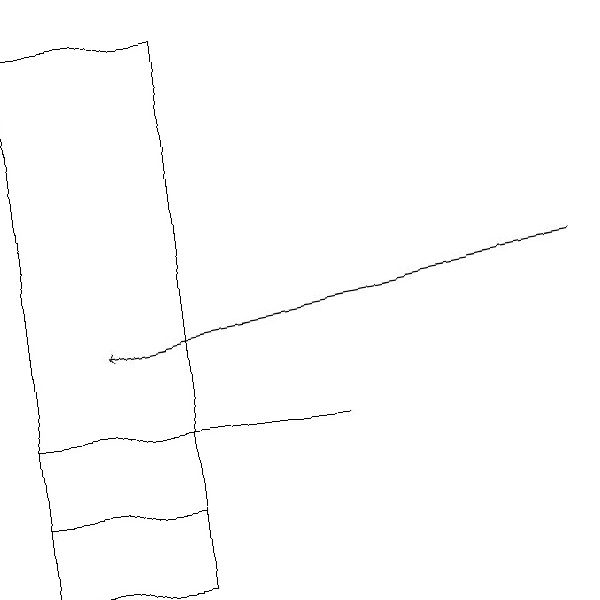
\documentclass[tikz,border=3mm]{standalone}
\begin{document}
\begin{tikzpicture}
\draw[->] (7,15) -- (1,14);
\draw (0,11) rectangle (2,18);
\draw (0,12) rectangle (2,13);
\draw (0,13) rectangle (4,13);
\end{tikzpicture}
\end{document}